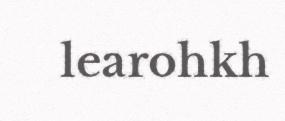
learohkh